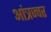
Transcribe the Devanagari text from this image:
आंत्रज्वर